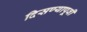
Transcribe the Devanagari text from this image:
दिसण्यापूर्वी